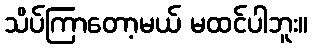
သိပ်ကြာတော့မယ် မထင်ပါဘူး။